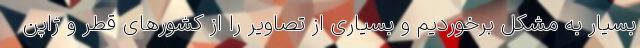
بسیار به مشکل برخوردیم و بسیاری از تصاویر را از کشورهای قطر و ژاپن